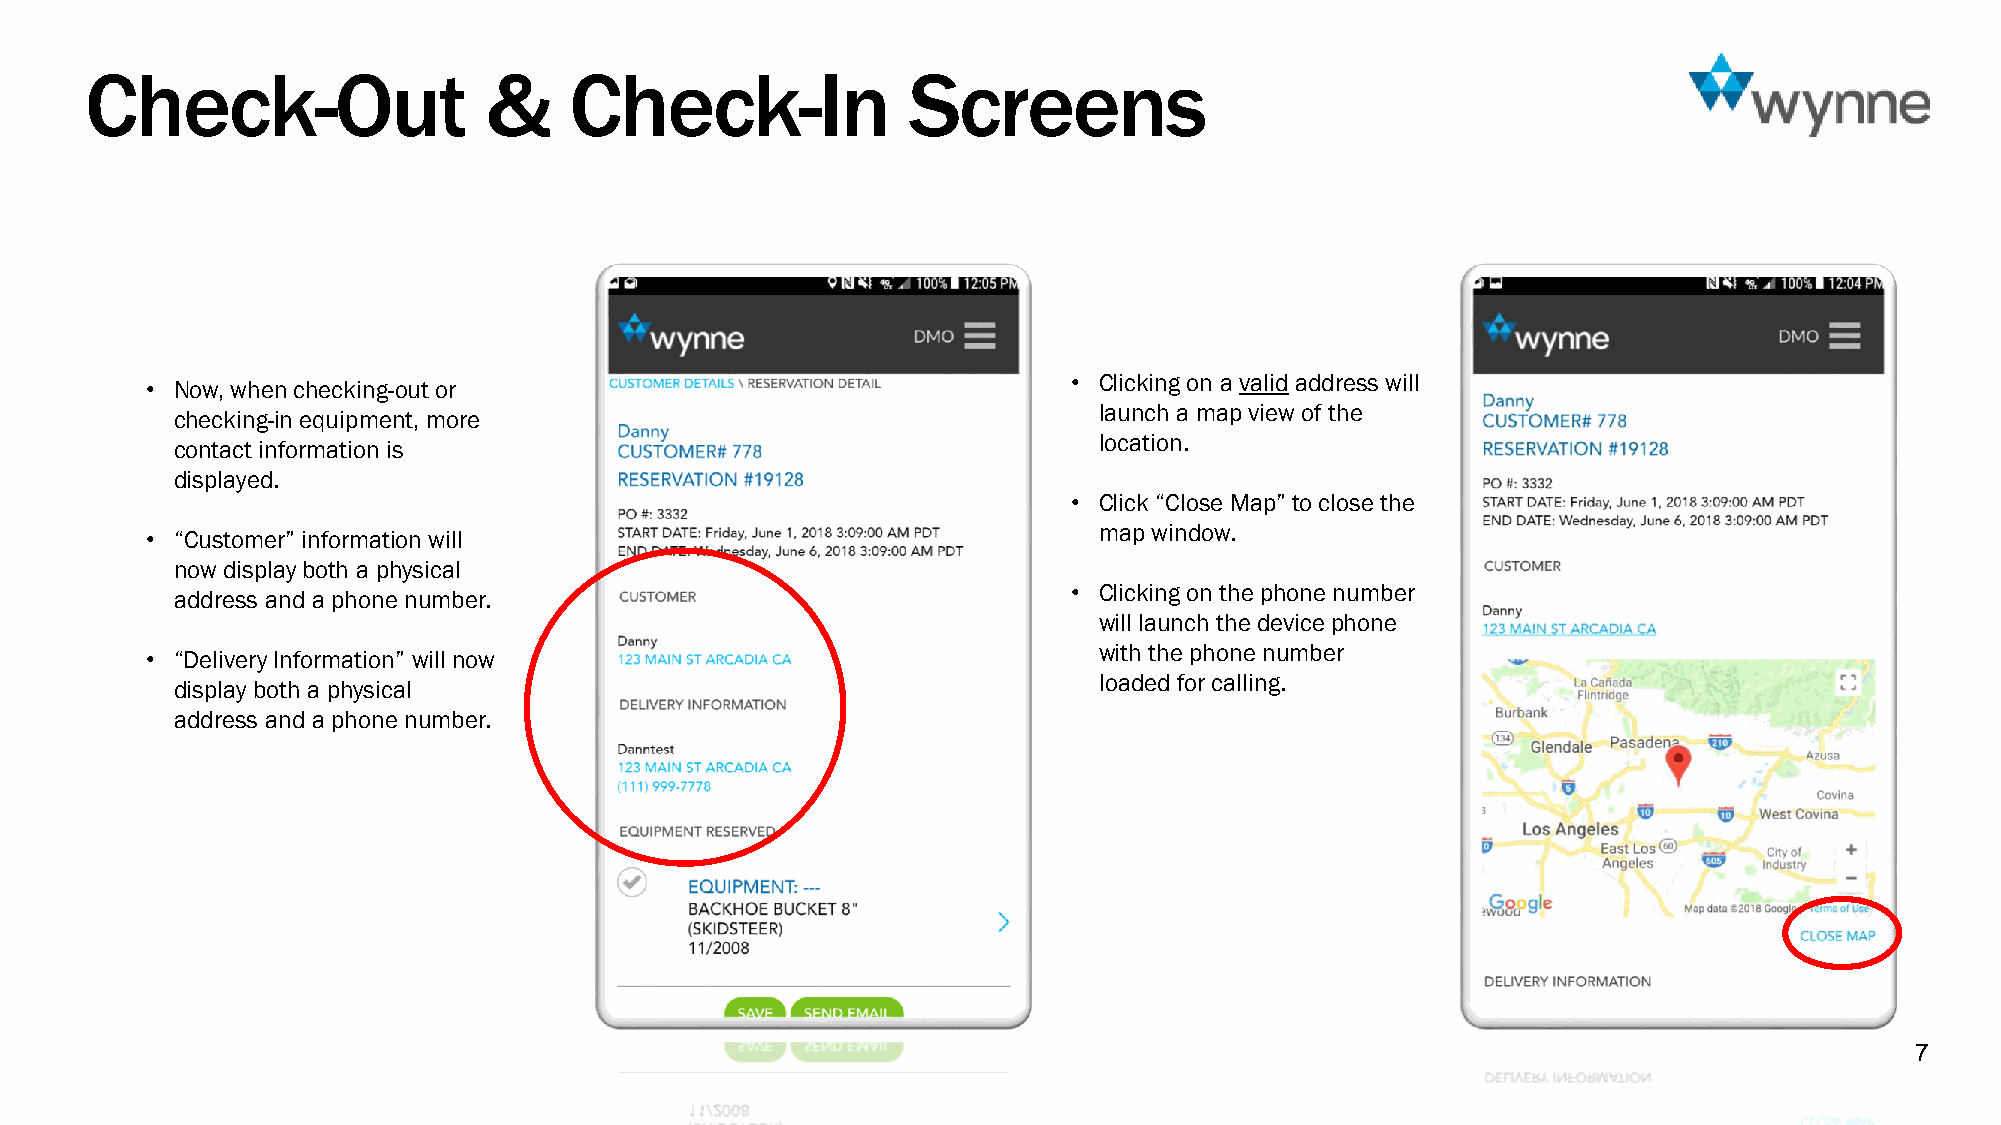
Check-Out                 &     Check-In              Screens
 • Now, when checking-out or                                  • Clicking on a valid address will
 launch a map view of the
 checking-in equipment, more
 location.
 contact information is
 displayed.
 • Click “Close Map” to close the
 map window.
 • “Customer” information will
 now display both a physical
 address and a phone number.                                • Clicking on the phone number
 will launch the device phone
 with the phone number
 • “Delivery Information” will now
 loaded for calling.
 display both a physical
 address and a phone number.
 7